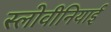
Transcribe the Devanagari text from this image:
स्लोवीनियाई